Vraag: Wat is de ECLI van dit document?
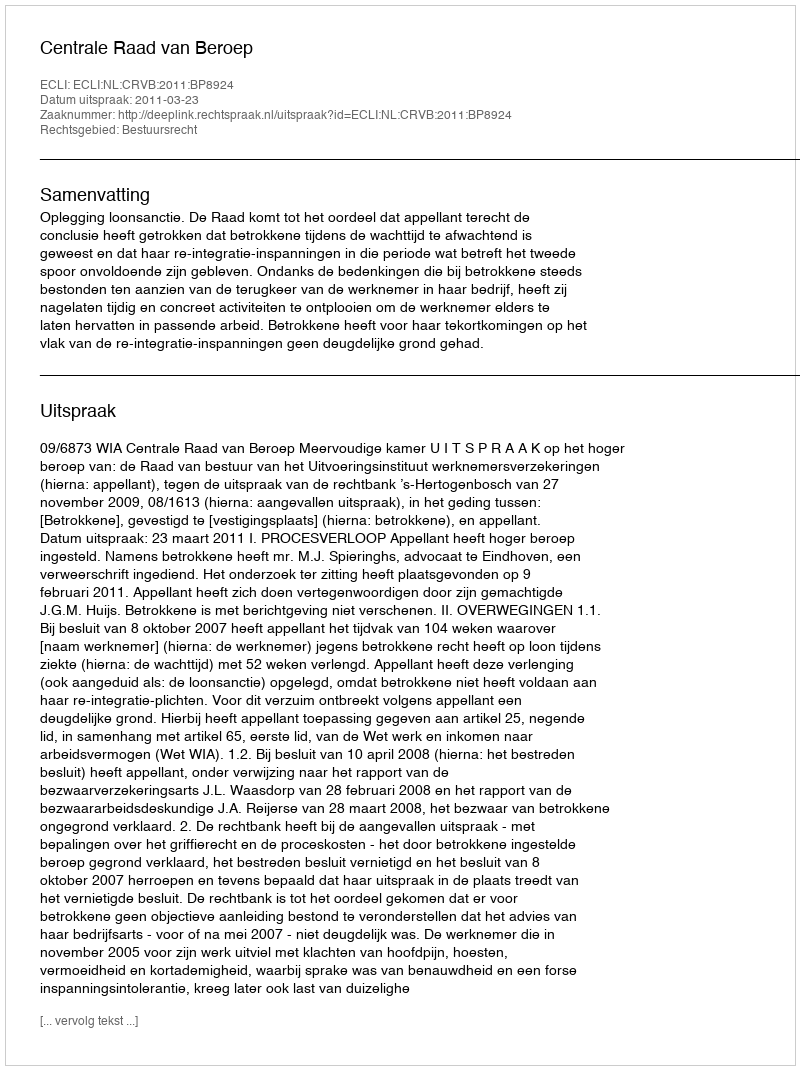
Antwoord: ECLI:NL:CRVB:2011:BP8924